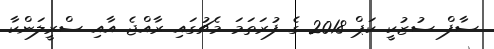
ސާފް ސުޒުކީ ކަޕް 2018 ގެ ފުރަތަމަ މެޗުގައި ރާއްޖެ އާއި ސްރީލަންކާ